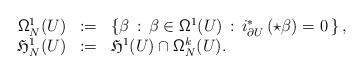
LaTeX: \begin{align*}\begin{array}{rcl}{\sf \Omega}^1_N(U)&:=&\left\{\beta\,:\, \beta\in {\sf \Omega}^{1}(U)\,:\,i^*_{\partial U}\left(\star\beta\right)=0\,\right\},\\\mathfrak{H}_N^1(U)&:=&\mathfrak{H}^1(U)\cap {\sf \Omega}^k_N(U).\\\end{array}\end{align*}